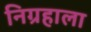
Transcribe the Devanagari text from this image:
निग्रहाला